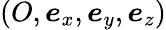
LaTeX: (O,\boldsymbol{e}_{x},\boldsymbol{e}_{y},\boldsymbol{e}_{z})